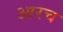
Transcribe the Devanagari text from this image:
आरच